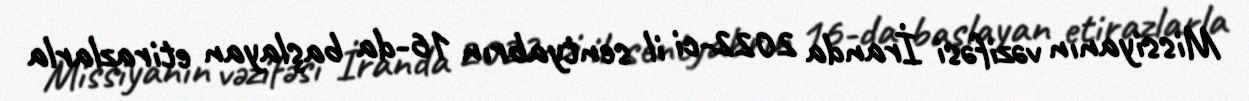
Missiyanın vəzifəsi İranda 2022-ci il sentyabrın 16-da başlayan etirazlarla